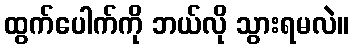
ထွက်ပေါက်ကို ဘယ်လို သွားရမလဲ။